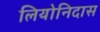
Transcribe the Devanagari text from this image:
लियोनिदास